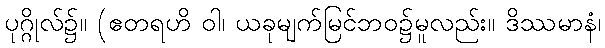
ပုဂ္ဂိုလ်၌။ (ဧတရဟိ ဝါ၊ ယခုမျက်မြင်ဘဝ၌မူလည်း။ ဒိဿမာနံ၊